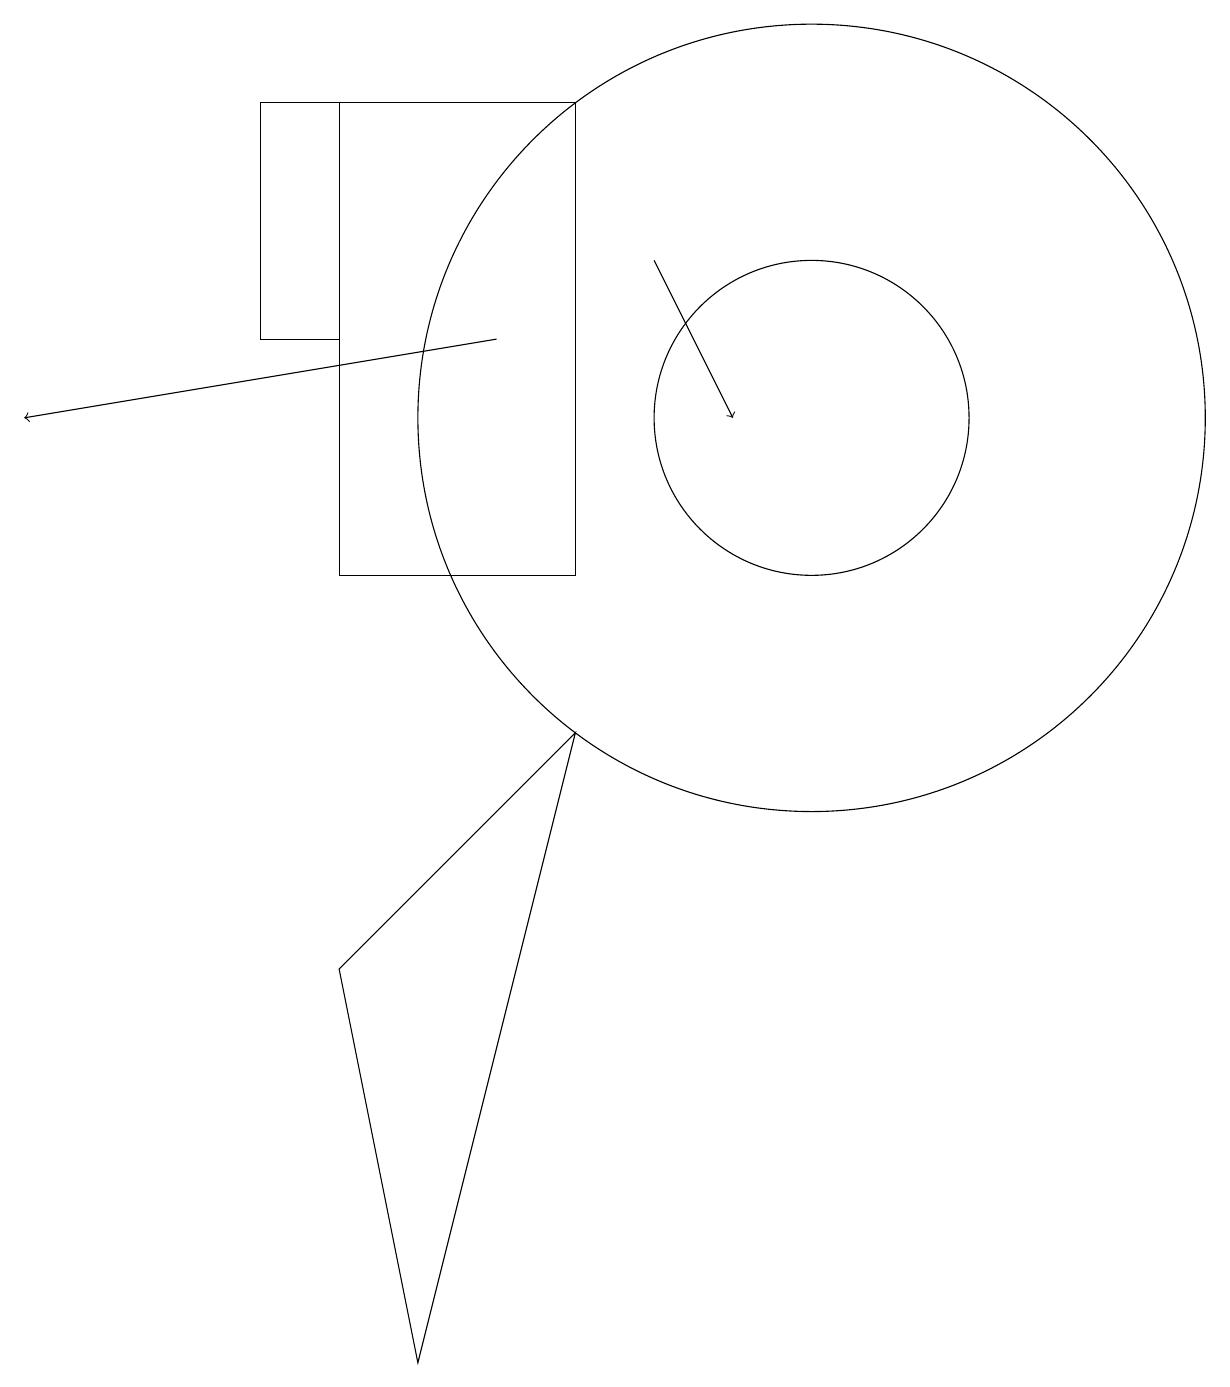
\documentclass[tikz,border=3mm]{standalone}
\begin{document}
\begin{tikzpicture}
\draw[->] (8,14) -- (9,12);
\draw[->] (6,13) -- (0,12);
\draw (7,16) rectangle (4,10);
\draw (10,12) circle (5);
\draw (4,13) rectangle (3,16);
\draw (10,12) circle (2);
\draw (7,8) -- (4,5) -- (5,0) -- cycle;
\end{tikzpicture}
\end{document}